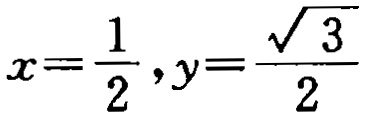
$x=\frac{1}{2},y=\frac{\sqrt{3}}{2}$